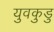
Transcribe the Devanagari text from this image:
युवकुडु